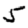
Digit: 5